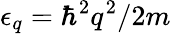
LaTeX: \epsilon_{q}=\hbar^{2}q^{2}/2m